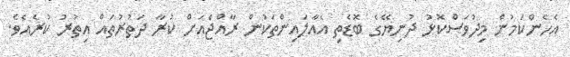
އެހެންކަމުން މިދުވަސްކޮޅު ދުނިޔޭގެ ބޮޑެތި އެއާލައިންތަކުން ރާއްޖެއަށް ކުރާ ދަތުރުތައް އިތުރު ކުރެއެވެ.